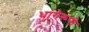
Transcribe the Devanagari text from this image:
धागेरूपी